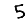
Digit: 5